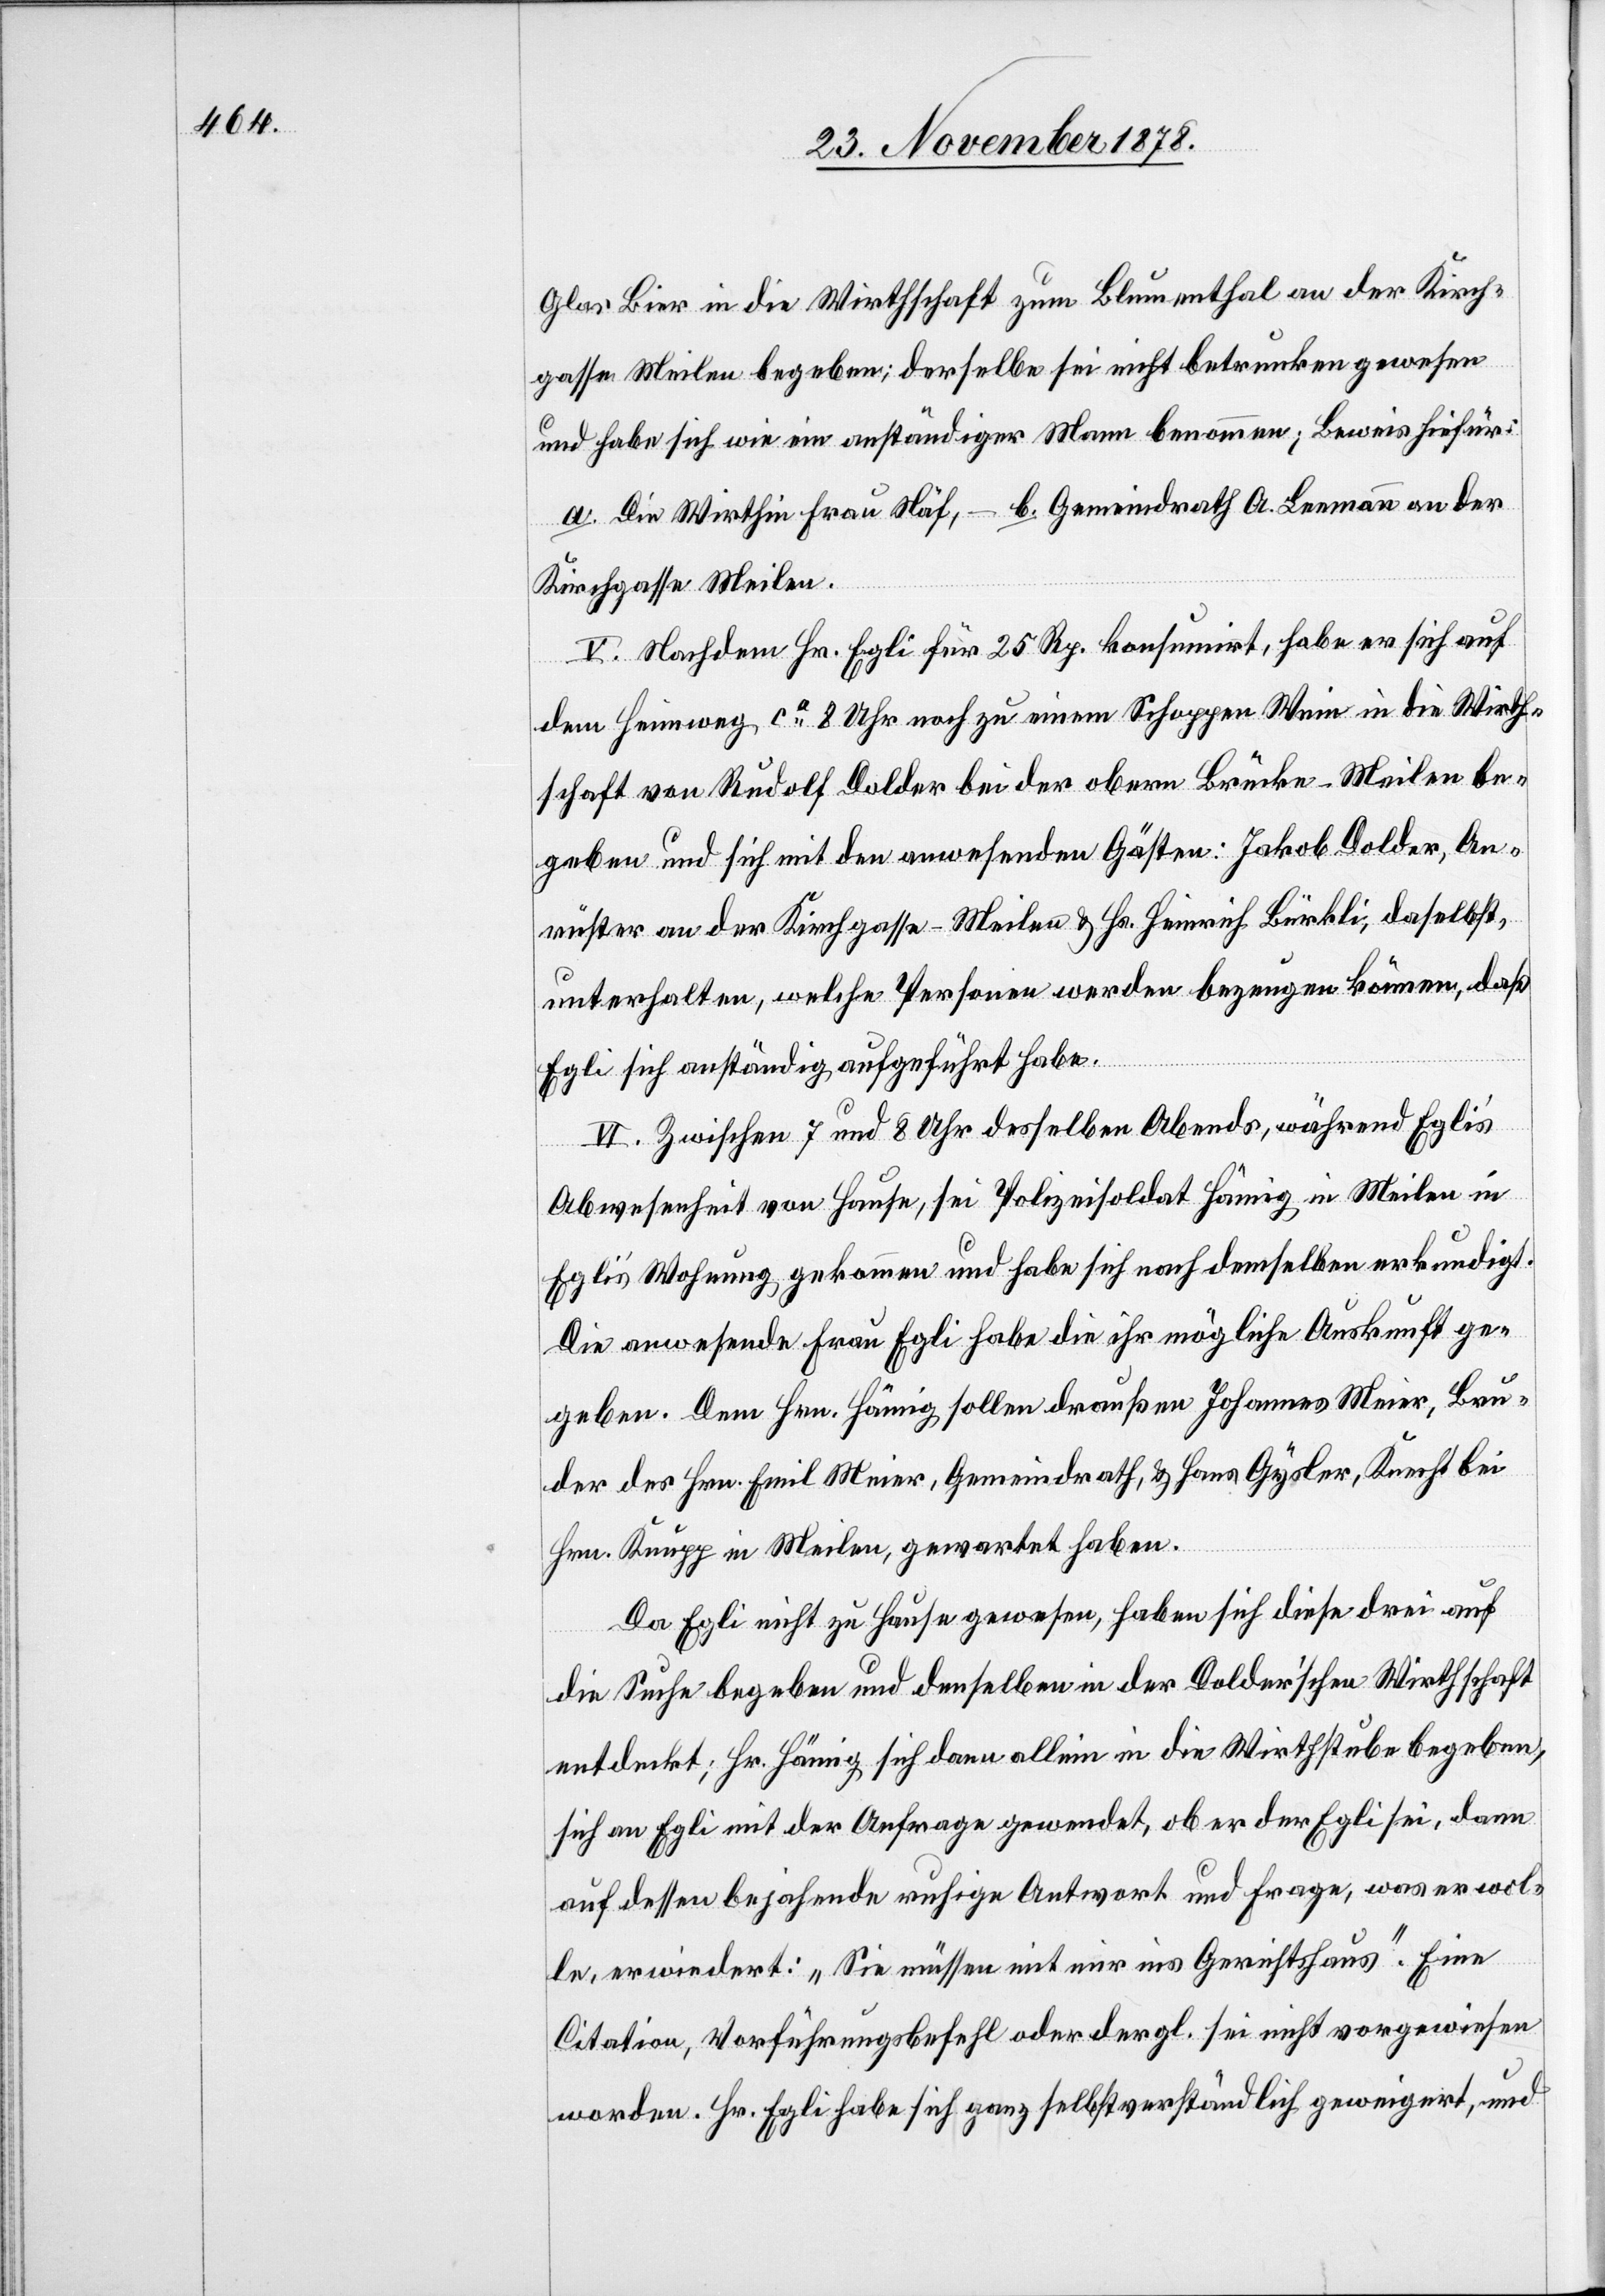
Glas Bier in die Wirthschaft zum Blumenthal an der Kirch¬
gasse Meilen begeben; derselbe sei nicht betrunken gewesen
und habe sich wie ein anständiger Mann benommen; Beweis hiefür:
a. Die Wirthin Frau Näf, – b. Gemeindrath A. Leemann an der
Kirchgasse Meilen.
V. Nachdem Hr. Egli für 25 Rp. konsumirt, habe er sich auf
dem Heimweg ca 8 Uhr noch zu einem Schoppen Wein in die Wirth¬
schaft von Rudolf Dolder bei der obern Brücke - Meilen be¬
geben und sich mit den anwesenden Gästen: Jakob Dolder, An¬
rüster an der Kirchgasse - Meilen & Hs. Heinrich Bürkli, daselbst,
unterhalten, welche Personen werden bezeugen können, daß
Egli sich anständig aufgeführt habe.
VI. Zwischen 7 und 8 Uhr desselben Abends, während Egli’s
Abwesenheit von Hause, sei Polizeisoldat Hämig in Meilen in
Egli’s Wohnung gekommen und habe sich nach demselben erkundigt.
Die anwesende Frau Egli habe die ihr mögliche Auskunft ge¬
geben. Dem Hrn. Hämig sollen draußen Johannes Meier, Bru¬
der des Hrn. Emil Meier, Gemeindrath, & Hans Gysler, Knecht bei
Hrn. Krupp in Meilen, gewartet haben.
Da Egli nicht zu Hause gewesen, haben sich diese drei auf
die Suche begeben und denselben in der Dolder’schen Wirthschaft
entdeckt; Hr. Hämig sich dann allein in die Wirthstube begeben,
sich an Egli mit der Anfrage gewendet, ob er der Egli sei, dann
auf dessen bejahende ruhige Antwort und Frage, was er wol¬
le, erwiedert: „Sie müssen mit mir ins Gerichtshaus“. Eine
Citation, Vorführungsbefehl oder dergl. sei nicht vorgewiesen
worden. Hr. Egli habe sich ganz selbstverständlich geweigert, und